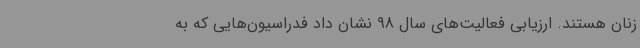
زنان هستند. ارزیابی فعالیت‌های سال 98 نشان داد فدراسیون‌هایی که به